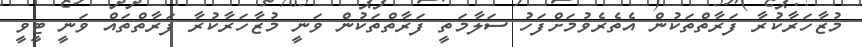
މުޒާހަރާކުރާ ފަރާތްތަކުން އެތެރެވުމަށްފަހު ސަލާމަތީ ފަރާތްތަކުން ވަނީ މުޒާހަރާކުރާ ފަރާތްތައް ވަނީ ޓީވީ